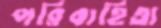
পরিবাহিতা